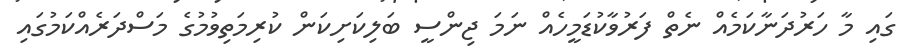
ގައި މާ ހަރުދަނާކަމެއް ނެތް ފަރުވާކުޑަމީހެއް ނަމަ ޖިންސީ ބަލިކަށިކަން ކުރިމަތިވުމުގެ މަސްދަރެއްކަމުގައި